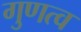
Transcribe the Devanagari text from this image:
गुणत्व